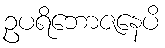
ဥပရိဘောဇနေပိ